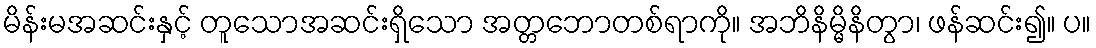
မိန်းမအဆင်းနှင့် တူသောအဆင်းရှိသော အတ္တဘောတစ်ရာကို။ အဘိနိမ္မိနိတွာ၊ ဖန်ဆင်း၍။ ပ။